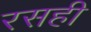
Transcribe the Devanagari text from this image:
रसही